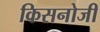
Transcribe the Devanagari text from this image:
किसनोजी